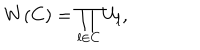
W ( C ) = \prod _ { l \in C } U _ { l } ,